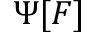
\Psi [ \boldsymbol { F } ]